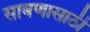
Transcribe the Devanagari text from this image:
साबणासाठी